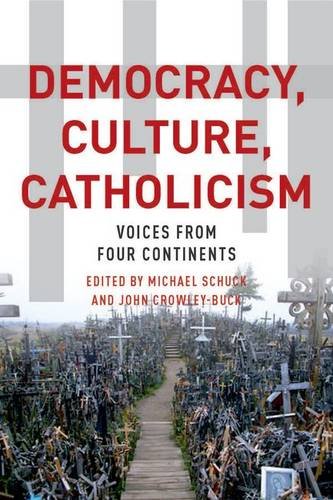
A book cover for Democracy, Culture, Catholicism: Voices from Four Continents; Christian Books & Bibles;